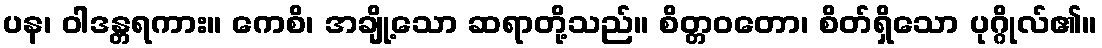
ပန၊ ဝါဒန္တရကား။ ကေစိ၊ အချို့သော ဆရာတို့သည်။ စိတ္တဝတော၊ စိတ်ရှိသော ပုဂ္ဂိုလ်၏။